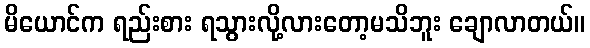
မိယောင်က ရည်းစား ရသွားလို့လားတော့မသိဘူး ချောလာတယ်။